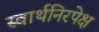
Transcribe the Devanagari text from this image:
स्वार्थनिरपेक्ष